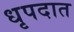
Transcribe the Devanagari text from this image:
धृपदात